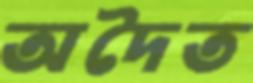
অদৈত